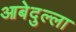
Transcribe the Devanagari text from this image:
आबेदुल्ला